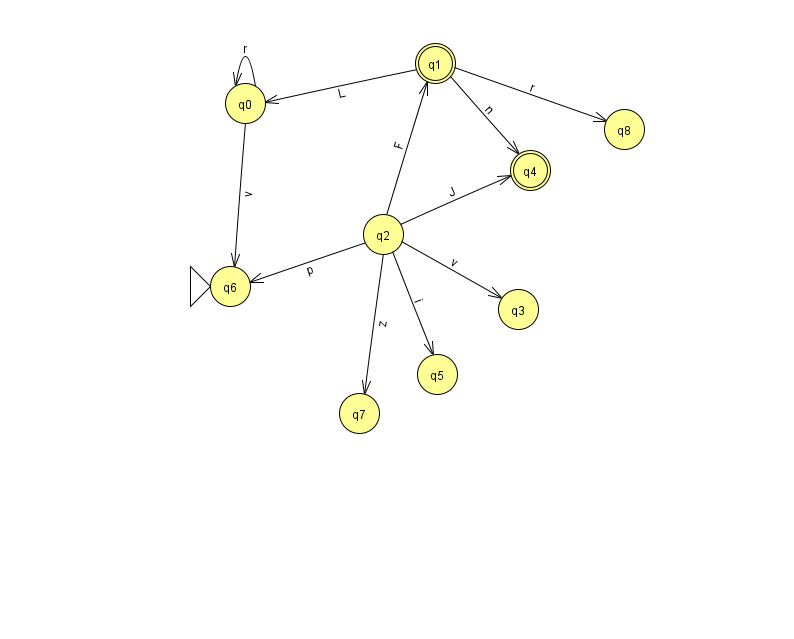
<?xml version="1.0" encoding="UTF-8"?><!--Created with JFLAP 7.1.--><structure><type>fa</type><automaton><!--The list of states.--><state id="0" name="q0"><x>245.0</x><y>90.0</y></state><state id="1" name="q1"><x>435.0</x><y>50.0</y><final/></state><state id="2" name="q2"><x>383.0</x><y>221.0</y></state><state id="3" name="q3"><x>518.0</x><y>296.0</y></state><state id="4" name="q4"><x>530.0</x><y>157.0</y><final/></state><state id="5" name="q5"><x>437.0</x><y>361.0</y></state><state id="6" name="q6"><x>230.0</x><y>273.0</y><initial/></state><state id="7" name="q7"><x>359.0</x><y>400.0</y></state><state id="8" name="q8"><x>624.0</x><y>116.0</y></state><!--The list of transitions.--><transition><from>2</from><to>1</to><read>F</read></transition><transition><from>0</from><to>0</to><read>r</read></transition><transition><from>2</from><to>4</to><read>J</read></transition><transition><from>2</from><to>7</to><read>z</read></transition><transition><from>1</from><to>4</to><read>n</read></transition><transition><from>1</from><to>8</to><read>r</read></transition><transition><from>2</from><to>5</to><read>i</read></transition><transition><from>0</from><to>6</to><read>v</read></transition><transition><from>2</from><to>3</to><read>v</read></transition><transition><from>1</from><to>0</to><read>L</read></transition><transition><from>2</from><to>6</to><read>p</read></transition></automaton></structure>